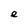
Character: e